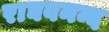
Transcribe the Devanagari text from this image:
राघवनन्द